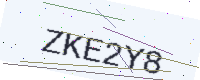
Text: ZKE2Y8